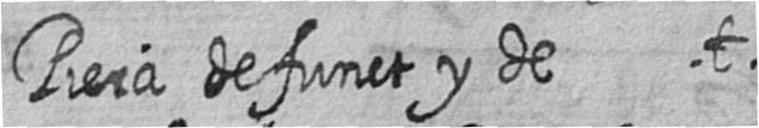
Piera defunct y de t